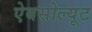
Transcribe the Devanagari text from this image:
ऐबसोल्यूट